Vaccine operations Central Provinces & Berar 1912-1920 - 1912-1920
Year: 1912
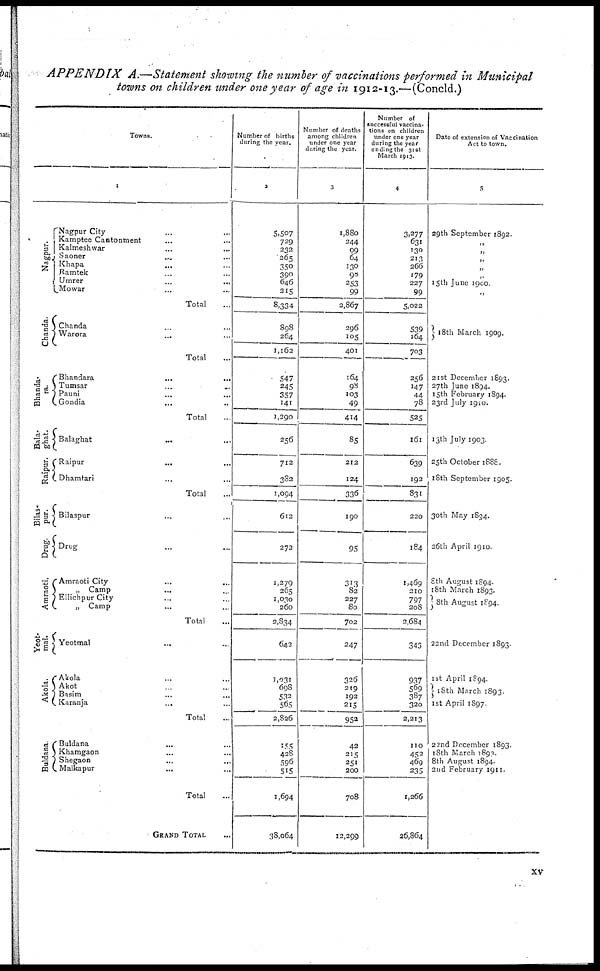
APPENDIX
A.—Statement showing the number of vaccinations performed in Municipal
towns on children under one year of age in 1912-13.—(Concld.)
Towns.
1
Nagpur.
Chanda.
Bhanda¬
ra.
Bala¬
ghat.
Raipur.
Bilas.
pur.
Drug.
Amraoti.
Yeot¬
mal.
Akola.
Buldana.
Nagpur City ... ...
Kamptee Cantonment ... ...
Kalmeshwar ... ...
Saoner ... ...
Khapa ... ...
Ramtek ... ...
Umrer
...
...
Mowar ... ...
Total ...
Chanda ... ...
Warora ... ...
Total ...
Bhandara
...
...
Tumsar ... ...
Pauni ... ...
Gondia ... ...
Total ...
Balaghat
... ...
Raipur ... ...
Dhamtari ... ...
Total ...
Bilaspur ... ...
Drug
Amraoti City ... ...
„ Camp ... ...
Ellichpur City ... ...
„ Camp ... ...
Total ...
Yeotmal ... ...
Akola ... ...
Akot ... ...
Basim ... ...
Karanja
... ...
Total ...
Buldana ... ...
Khamgaon ... ...
Shegaon ... ...
Malkapur ... ...
Total ...
GRAND TOTAL ...
Number of births
during the year.
2
5,507
729
232
265
350
390
646
215
8,334
898
264
1,162
547
245
357
141
1,290
256
712
382
1,094
612
272
1,279
265
1,030
260
2,834
642
1,031
698
532
565
2,826
155
428
596
515
1,694
38,064
Number of deaths
among children
under one year
during the year.
3
1,880
244
99
64
130
98
253
99
2,867
296
105
401
164
98
103
49
414
85
212
124
336
190
95
313
82
227
80
702
247
326
219
192
215
952
42
215
251
200
708
12,299
Number of
successful vaccina-
tions on children
under one year
during the year
ending the 31st
March 1913.
4
3,277
631
130
213
266
179
227
99
5,022
539
164
703
256
147
44
78
525
161
639
192
831
220
184
1,469
210
797
208
2,684
343
937
569
387
320
2,213
110
452
469
235
1,266
26,864
Date of extension of Vaccination
Act to town.
5
29th September 1892.
„
„
„
„
„
15th June 1900.
„
18th March 1909.
21st December 1893.
27th June 1894.
15th February 1894.
23rd July 1910.
13th July 1903.
25th October 1888.
18th September 1905.
30th May 1894.
26th April 1910.
8th August 1894.
18th March 1893.
8th August 1894.
22nd December 1893.
1st April 1894.
18th March 1893.
1st April 1897.
22nd December 1893.
18th March 1893.
8th August 1894.
2nd February 1911.
xv